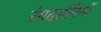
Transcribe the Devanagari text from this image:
रंगदर्शनियों